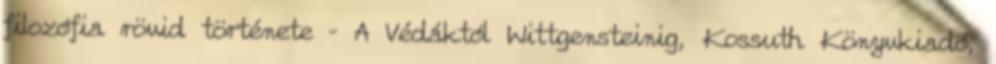
filozófia rövid története – A Védáktól Wittgensteinig, Kossuth Könyvkiadó,